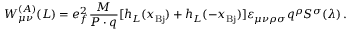
W _ { \mu \nu } ^ { ( A ) } ( L ) = e _ { f } ^ { 2 } { \frac { M } { P \cdot q } } [ h _ { L } ( x _ { \mathrm { B j } } ) + h _ { L } ( - x _ { \mathrm { B j } } ) ] \varepsilon _ { \mu \nu \rho \sigma } q ^ { \rho } S ^ { \sigma } ( \lambda ) \, .